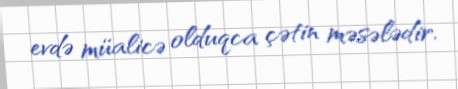
evdə müalicə olduqca çətin məsələdir.